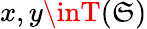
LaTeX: x,y\inT(\mathfrak{S})